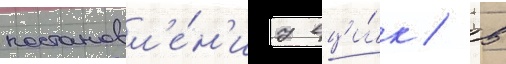
постановл'е́н'иу вци́к / в